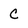
Character: C